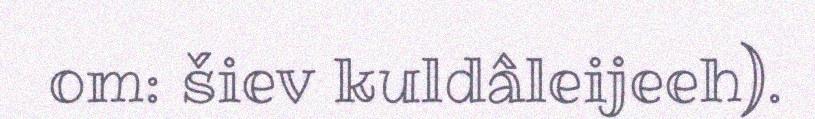
om: šiev kuldâleijeeh).